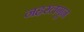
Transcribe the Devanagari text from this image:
नहरलगुन